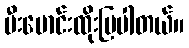
မီးမောင်းထိုးပြပါတယ်။